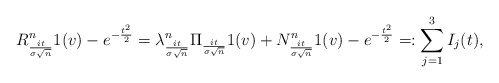
\begin{align*}R^n_{\frac{it}{\sigma \sqrt{n}}} 1(v) - e^{- \frac{t^2}{2}}= \lambda^n_{ \frac{it}{\sigma \sqrt{n}} } \Pi_{ \frac{it}{\sigma \sqrt{n}} } 1(v) + N_{ \frac{it}{\sigma \sqrt{n}} }^n 1(v) - e^{- \frac{t^2}{2}} =: \sum_{j=1}^3 I_j(t),\end{align*}